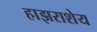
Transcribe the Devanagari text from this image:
हाझराशेय